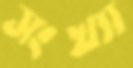
সংখ্যা